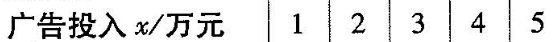
广告投入x/万元 1 2 3 4 5